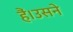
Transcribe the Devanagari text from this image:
हैं।उसने